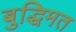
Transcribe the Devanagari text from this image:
बुद्धिमत